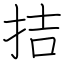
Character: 拮